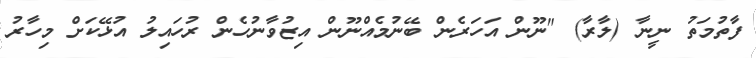
ފާތުމަތު ނީނާ (ލާރާ) "ނޫން އަހަރެން ބޭނުމެއްނޫން އިޒުވާނުހެން ރުހައިލު އުޅޭކަށް މިހާރު